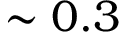
\sim 0 . 3